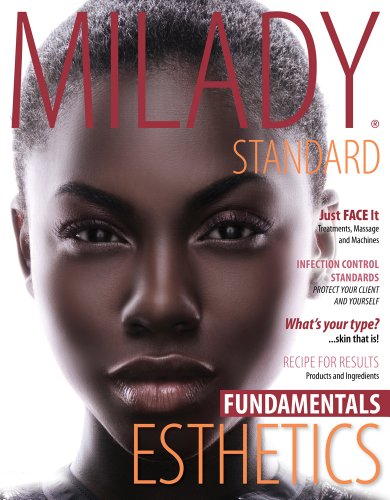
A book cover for Milady Standard Esthetics: Fundamentals; Milady; Health, Fitness & Dieting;